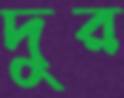
দুর